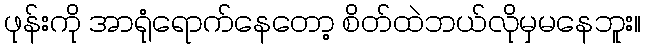
ဖုန်းကို အာရုံရောက်နေတော့ စိတ်ထဲဘယ်လိုမှမနေဘူး။